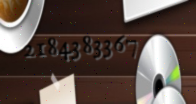
2184383367